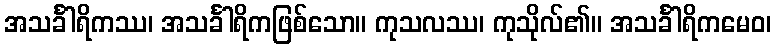
အသင်္ခါရိကဿ၊ အသင်္ခါရိကဖြစ်သော။ ကုသလဿ၊ ကုသိုလ်၏။ အသင်္ခါရိကမေဝ၊